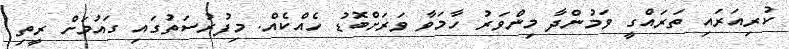
ކުރިއަރައި ތަރައްގީ ވަމުންދާ މިންވަރު ހާމަވާ ވަރަށްބޮޑު ހެއްކެއް. މިފުރުސަތުގައި ގައުމަށް ރީތި